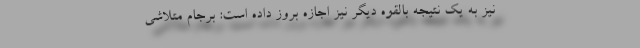
نیز به یک نتیجه بالقوه دیگر نیز اجازه بروز داده است: برجام متلاشی